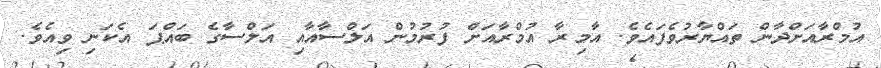
އުމްރާއަށްދާން ތައްޔާރުވެފައެވެ. އާމިރާ އުމްރާއަށް ފުރުމުން އަލްސާއާއި އަލްސާގެ ބައްޕަ އެކަނި ވިއެވެ.